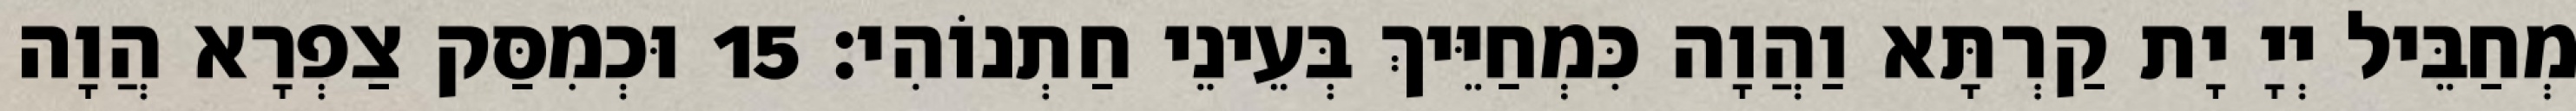
מְחַבֵּיל יְיָ יָת קַרְתָּא וַהֲוָה כִּמְחַיֵּיךְ בְּעֵינֵי חַתְנוֹהִי׃ 15 וּכְמִסַּק צַפְרָא הֲוָה